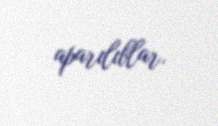
aparılıblar.